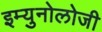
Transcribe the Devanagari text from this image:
इम्युनोलोजी